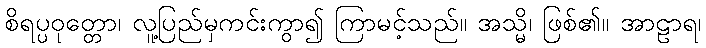
စိရပ္ပဝုတ္တော၊ လူ့ပြည်မှကင်းကွာ၍ ကြာမင့်သည်။ အသ္မိ၊ ဖြစ်၏။ အာဠာရ၊